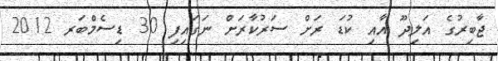
ޖާބިރުގެ އަލިދޫ އާއި ކުޑަ ރަށް ސަރުކާރަށް ނަގައިފި 30 ޑިސެމްބަރ 2012